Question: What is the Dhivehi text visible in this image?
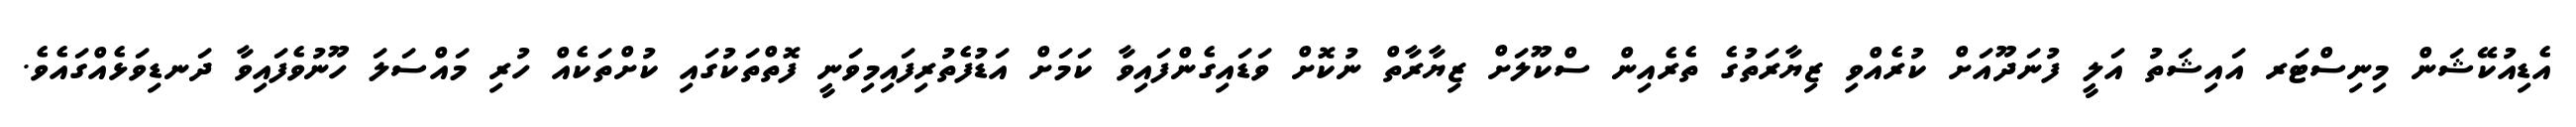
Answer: އެޑިއުކޭޝަން މިނިސްޓަރ އައިޝަތު އަލީ ފުނަދޫއަށް ކުރެއްވި ޒިޔާރަތުގެ ތެރެއިން ސްކޫލަށް ޒިޔާރާތް ނުކޮށް ވަޑައިގެންފައިވާ ކަމަށް އަޑުފެތުރިފައިމިވަނީ ފޮތްތަކުގައި ކުށްތަކެއް ހުރި މައްސަލަ ހޫނުވެފައިވާ ދަނޑިވަޅެއްގައެވެ.